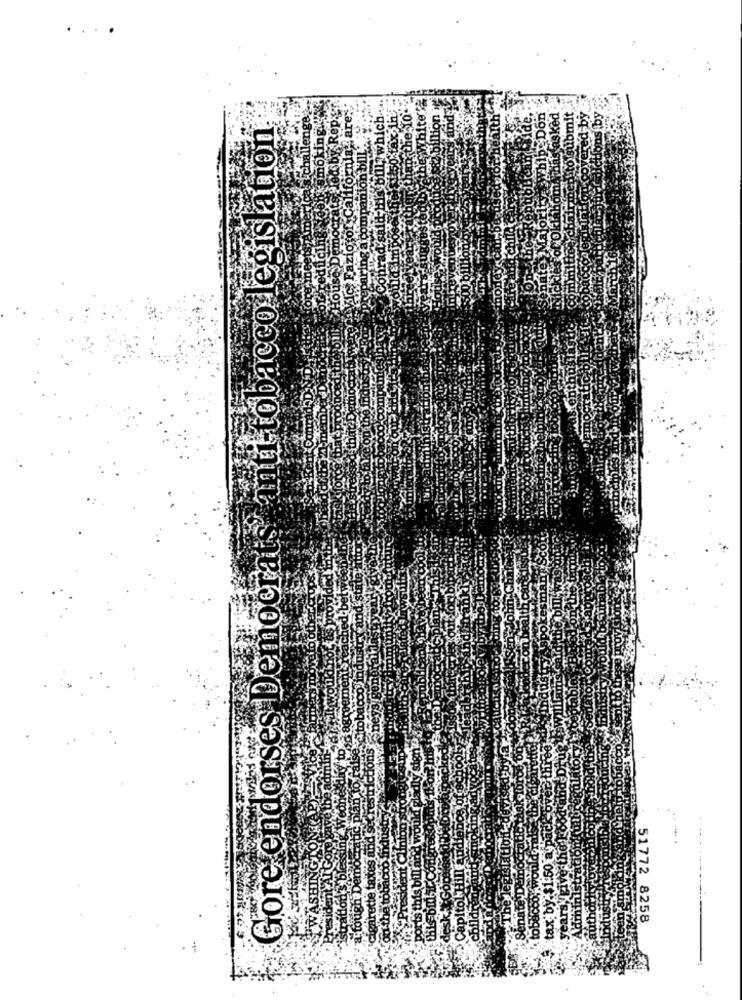
Arnas asked
Whip Don
epsto submit
ered by
Gore endorses Democrats anti-tobacco legislation
tax
51772 8258